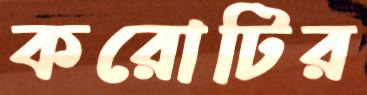
করোটির